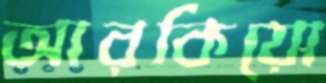
আরকিয়ো